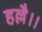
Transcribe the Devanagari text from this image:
हल्लै।।